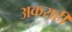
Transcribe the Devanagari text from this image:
अकराहीं